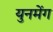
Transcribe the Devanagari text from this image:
युनमेंग